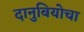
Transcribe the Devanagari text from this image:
दानुबियोचा